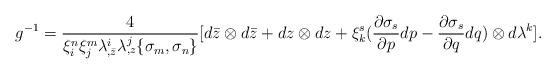
LaTeX: \begin{align*}g^{-1} = {4\over \xi^n_i \xi^m_j \lambda^i_{,\bar z} \lambda^j_{,z}\{\sigma_m,\sigma_n\}} [d\bar z \otimes d\bar z + dz \otimes dz +\xi^s_k({\partial \sigma_s \over \partial p}dp -{\partial \sigma_s \over \partial q}dq) \otimes d\lambda^k].\end{align*}